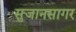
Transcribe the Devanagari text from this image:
सुजानसागर